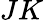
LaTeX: JK